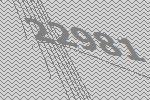
22981